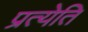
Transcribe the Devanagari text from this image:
प्रत्येति